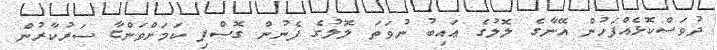
ދުވަސްކޮޅެއްފަހުން އޭނާގެ ލޮލުގެ ޢައިބު ނުވަތަ ލޮލުގެ ފެނުން ގޮސްފި ކަމަށްވަންޏާ ސަރުކާރުން